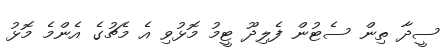
ސީދާ ތިން ސެޓުން ފެލިދޫ ޓީމު މޮޅުވި އެ މެޗުގެ އެންމެ މޮޅު